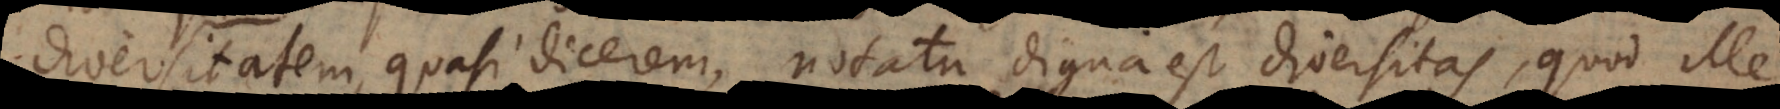
diversitatem, quasi dicerem, notatu digna est diversitas, quod ille